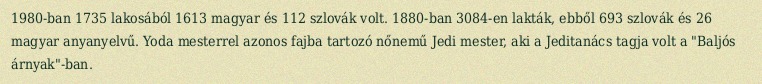
1980-ban 1735 lakosából 1613 magyar és 112 szlovák volt. 1880-ban 3084-en lakták, ebből 693 szlovák és 26 magyar anyanyelvű. Yoda mesterrel azonos fajba tartozó nőnemű Jedi mester, aki a Jeditanács tagja volt a "Baljós árnyak"-ban.